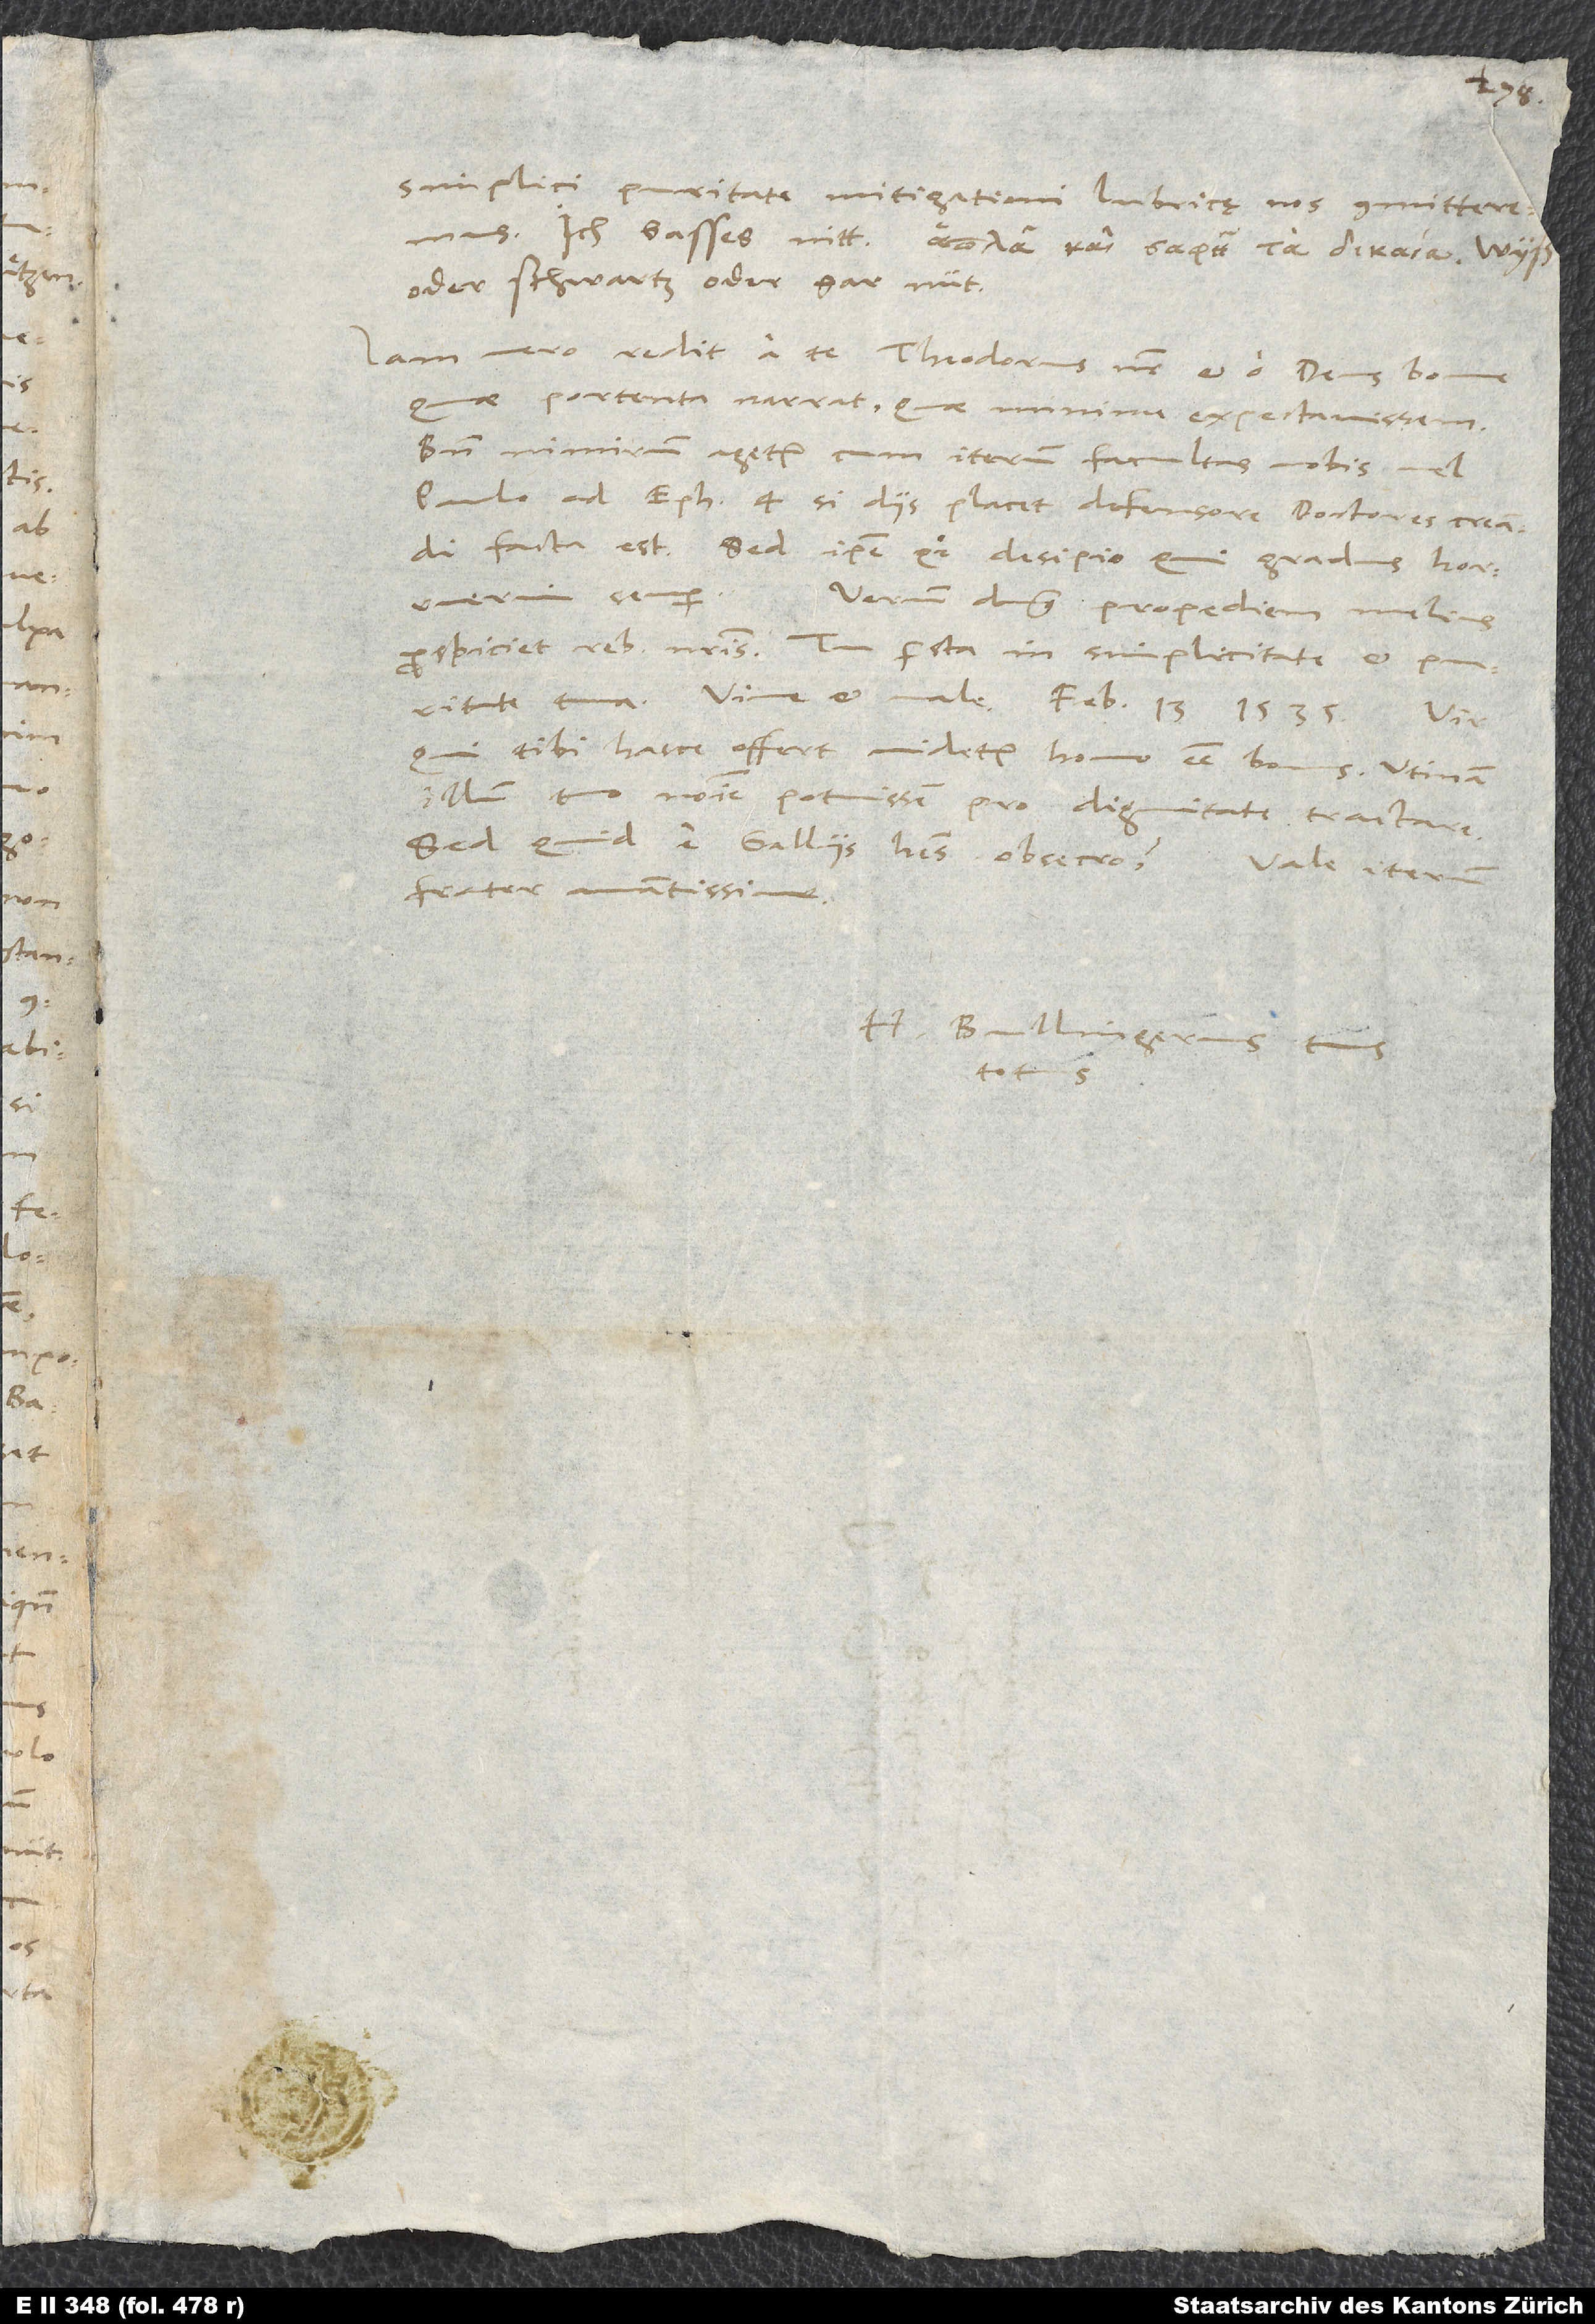
1535.
simplici puritate mitigationi lubricę nos committeremus.
Ich bass es nitt; ,
oder schwartz oder gar nüt!
Iam vero redit a te Theodorus noster et, o deus bone,
quae portenta narrat, quae minime expectavissem!
Bene nimirum agetur, cum iterum facultas vobis, vel
Paulo ad Eph. 4 , si diis placet, defensore, doctores creandi
facta est. Sed ipse quoque desipio, qui gradus horruerim
Verum dominus propediem melius
prospiciet rebus nostris. Tu persta in simplicitate et puritate
qui tibi hasce offert, videtur homo esse bonus. Utinam
illum tuo nomine potuissem pro dignitate tractare!
frater amantissime.
H. Bullingerus tuus